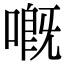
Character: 嘅